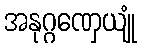
အနုဂ္ဂဏှေယျုံ